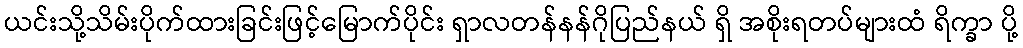
ယင်းသို့သိမ်းပိုက်ထားခြင်းဖြင့်မြောက်ပိုင်း ရှာလတန်နန်ဂိုပြည်နယ် ရှိ အစိုးရတပ်များထံ ရိက္ခာ ပို့